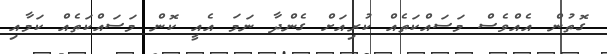
ގޮތުން އެއްވެސް މަސައްކަތެއް ކުރިއަށް ގެންދާ ނަމަ އެއީ ކޮން މަސައްކަތެއް ކަމާއި